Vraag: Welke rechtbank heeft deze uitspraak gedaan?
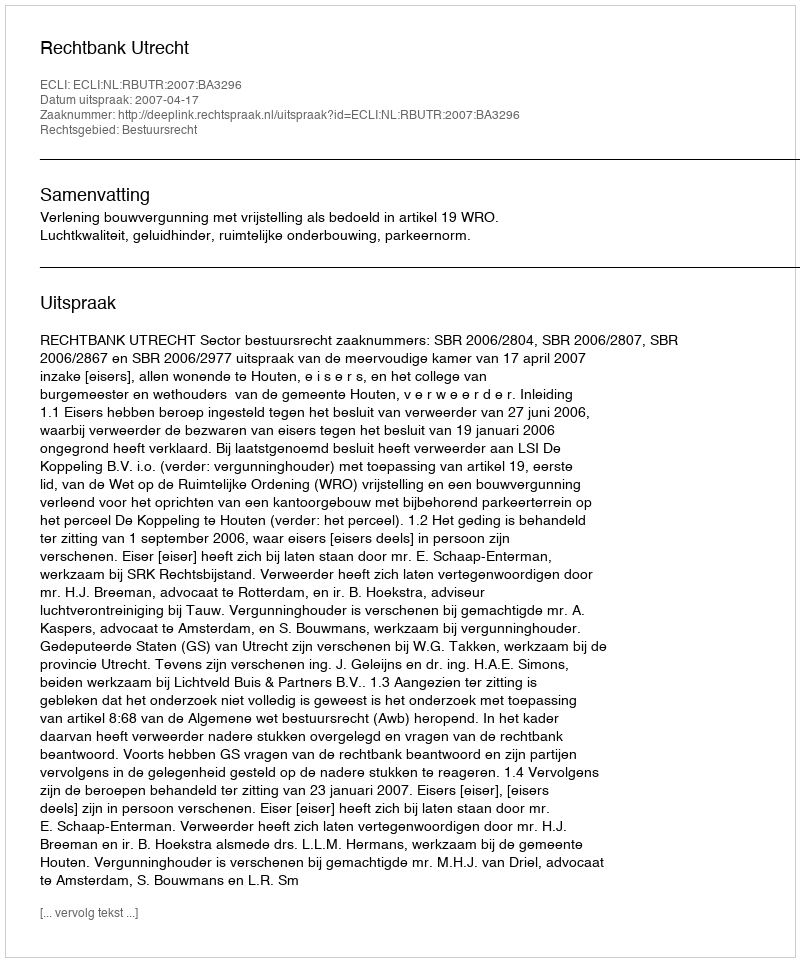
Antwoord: Rechtbank Utrecht